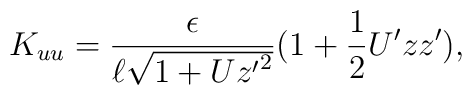
K_{uu} = \frac{\epsilon}{\ell \sqrt{1+U{z'}^2}}(1 + \frac{1}{2}U'zz'),